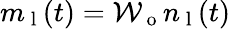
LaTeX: m_{\mathrm{~l~}}(t)=\mathcal{W}_{\mathrm{~o~}}n_{\mathrm{~l~}}(t)